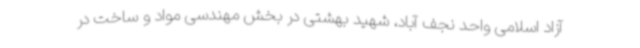
آزاد اسلامی واحد نجف آباد، شهید بهشتی در بخش‌ مهندسی مواد و ساخت در